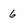
Character: 6